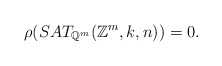
\begin{align*} \rho(SAT_{\mathbb{Q}^m}(\mathbb{Z}^m, k, n)) = 0.\end{align*}